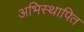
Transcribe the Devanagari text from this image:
अभिस्थापित